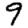
Digit: 9